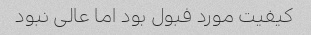
کیفیت مورد فبول بود اما عالی نبود